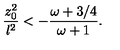
{ \frac { z _ { 0 } ^ { 2 } } { l ^ { 2 } } } < - { \frac { \omega + 3 / 4 } { \omega + 1 } } .